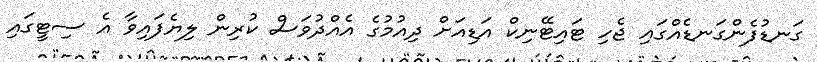
ގަނޑުފެންގަނޑެއްގައި ޖެހި ޓައިޓޭނިކް އަޑިއަށް ދިއުމުގެ އެއްދުވަސް ކުރިން ލިޔެފައިވާ އެ ސިޓީގައި